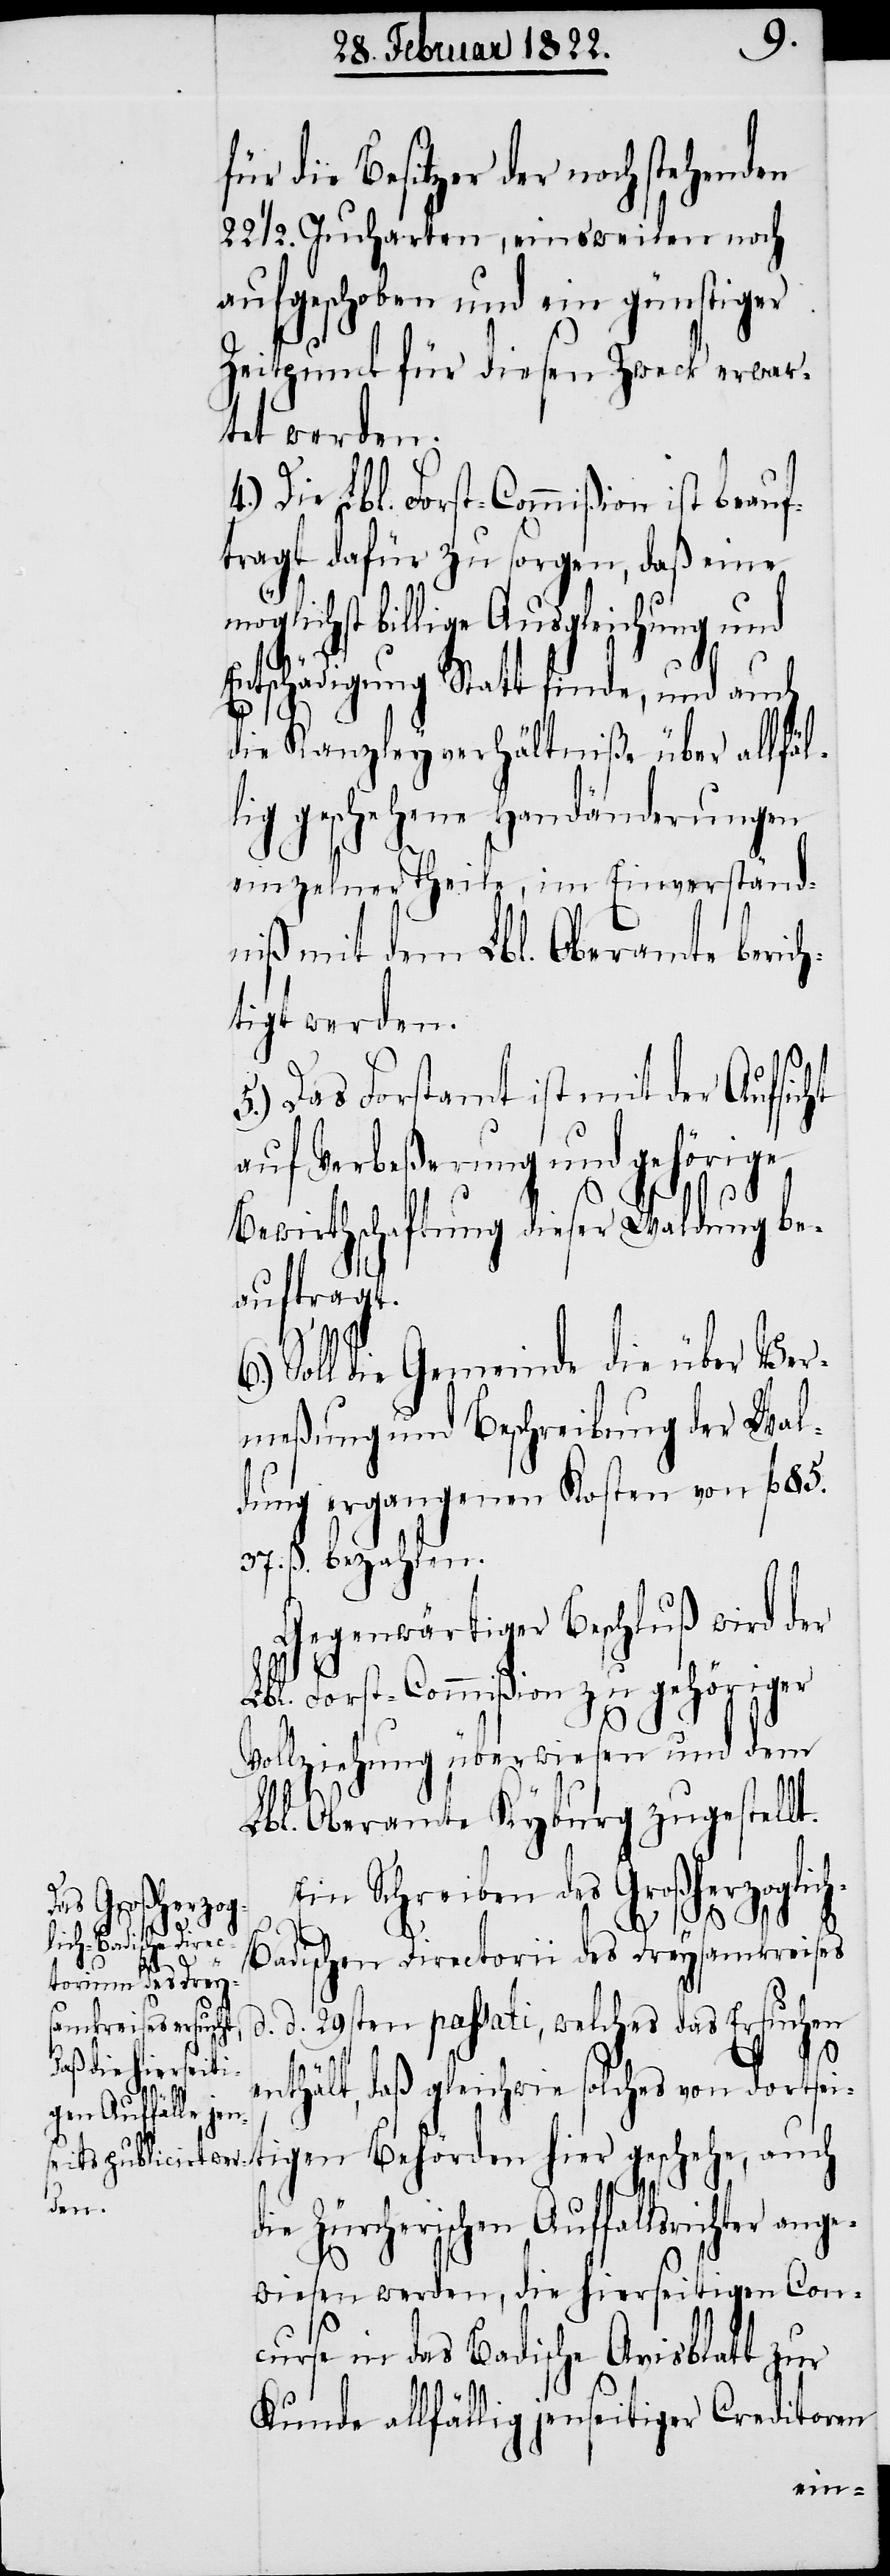
für die Besitzer der noch stehenden
22.1/2 Jucharten, einsweilen noch
aufgeschoben und ein günstiger
Zeitpunct für diesen Zweck erwar¬
tet werden.
Die Lbl. Forst-Commißion ist beauf¬
tragt dafür zu sorgen, daß eine
möglichst billige Ausgleichung und
ange¬
Entschädigung Statt finde, und auch
die Kanzleyverhältniße über allfäl¬
lig geschehene Handänderungen
einzelner Theile, im Einverständ¬
niß mit dem Lbl. Oberamte berich¬
5.) Das Forstamt ist mit der Aufsic¬
auf Verbeßerung und gehörige
Bewirthschaftung dieser Waldung be¬
auftragt.
Ver¬
Soll die Gemeinde die
meßung und Beschreibung der Wal¬
dung ergangenen Kosten von fl.
37. ß bezahlen.
Gegenwärtiger Beschluß wird der
Lbl. Forst-Commißion zu gehöriger
Vollziehung überwiesen und dem
Lbl. Oberamte Kyburg zugestellt.
Ein Schreiben des Großherzoglic¬
h-Badischen Directorii des Dreysamkreises
ter
d. d. 29ten passati, welches das Ersuchen
d¬
enthält, daß gleichwie solches von dortsei¬
ie Zürcherischen Auffallsrich¬
wiesen werden, die hierseitigen Con¬
curse in das Badische Avisblatt zur
Kunde allfällig jenseitiger Creditoren